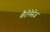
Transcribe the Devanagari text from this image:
बैरोनेसेज़